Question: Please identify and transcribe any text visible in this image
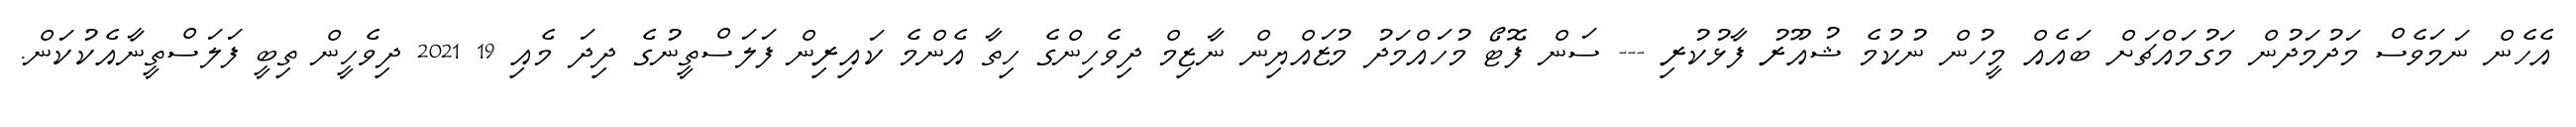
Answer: އެހެން ނަމަވެސް މަދުމަދުން މަގުމައްޗަށް ބައެއް މީހުން ނުކުމެ ޝުއޫރު ފާޅުކުރި --- ސަން ފޮޓޯ މުހައްމަދު މުޒައްޔިން ނާޒިމް ދިވެހިންގެ ހިތާ އެންމެ ކައިރިން ފަލަސްތީނުގެ ދިދަ މެއި 19 2021 ދިވެހީން ތިބީ ފަލަސްތީނާއެކުކަން.